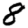
Digit: 8